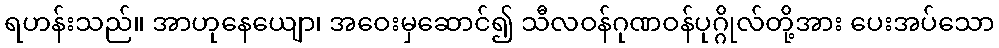
ရဟန်းသည်။ အာဟုနေယျော၊ အဝေးမှဆောင်၍ သီလဝန်ဂုဏဝန်ပုဂ္ဂိုလ်တို့အား ပေးအပ်သော